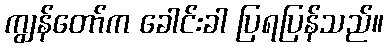
ကျွန်တော်က ခေါင်းခါ ပြရပြန်သည်။